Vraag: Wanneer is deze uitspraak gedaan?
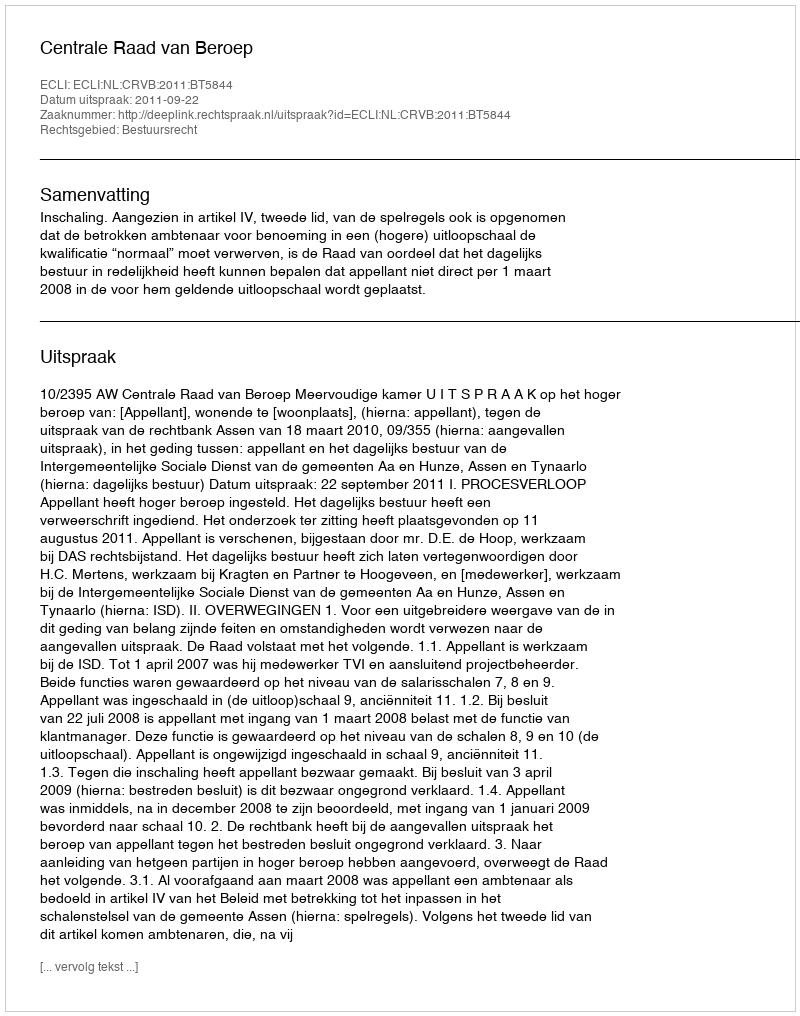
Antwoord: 2011-09-22